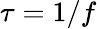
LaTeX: \tau=1/f